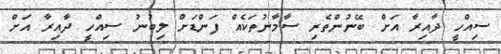
ސިއްހީ ދާއިރާ އަށް ބޭނުންތެރި ސާމާނުތަކެއް ފަންޑަށް ލިބުނު ސިއްހީ ދާއިރާ އަށް